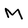
Character: M